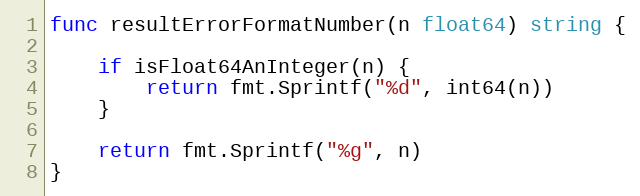
Language: Go
func resultErrorFormatNumber(n float64) string {

	if isFloat64AnInteger(n) {
		return fmt.Sprintf("%d", int64(n))
	}

	return fmt.Sprintf("%g", n)
}